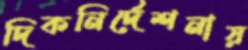
দিকনির্দেশনায়